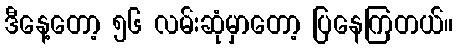
ဒီနေ့တော့ ၅၆ လမ်းဆုံမှာတော့ ပြနေကြတယ်။